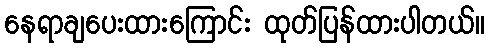
နေရာချပေးထားကြောင်း ထုတ်ပြန်ထားပါတယ်။